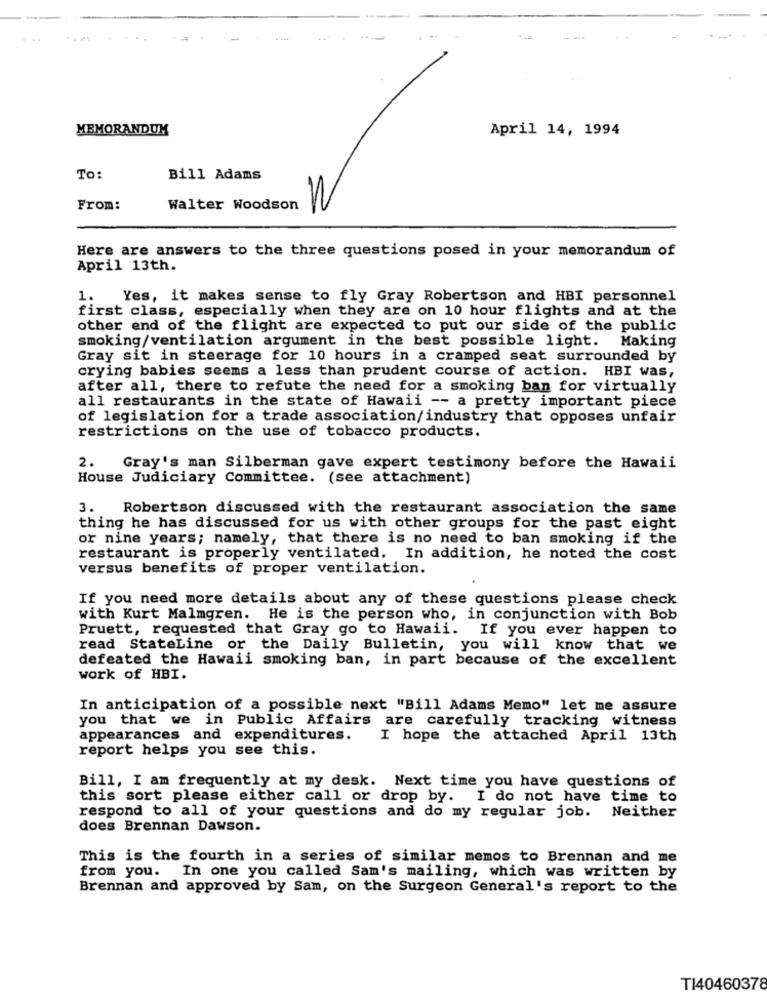
...
MEMORANDUM
April 14, 1994
To:
Bill Adams
W
From:
Walter Woodson
Here are answers to the three questions posed in your memorandum of
April 13th.
1.
Yes, it makes sense to fly Gray Robertson and HBI personnel
first class, especially when they are on 10 hour flights and at the
other end of the flight are expected to put our side of the public
smoking/ventilation argument in the best possible light. Making
Gray sit in steerage for 10 hours in a cramped seat surrounded by
crying babies seems a less than prudent course of action. HBI was,
after all, there to refute the need for a smoking ban for virtually
all restaurants in the state of Hawaii -- a pretty important piece
of legislation for a trade association/industry that opposes unfair
restrictions on the use of tobacco products.
2.
Gray's man Silberman gave expert testimony before the Hawaii
House Judiciary Committee. (see attachment)
3.
Robertson discussed with the restaurant association the same
thing he has discussed for us with other groups for the past eight
or nine years; namely, that there is no need to ban smoking if the
restaurant is properly ventilated. In addition, he noted the cost
versus benefits of proper ventilation.
If you need more details about any of these questions please check
with Kurt Malmgren. He is the person who, in conjunction with Bob
Pruett, requested that Gray go to Hawaii. If you ever happen to
read StateLine or the Daily Bulletin, you will know that we
defeated the Hawaii smoking ban, in part because of the excellent
work of HBI.
In anticipation of a possible next "Bill Adams Memo" let me assure
you that we in Public Affairs are carefully tracking witness
appearances and expenditures.
I hope the attached April 13th
report helps you see this.
Bill, I am frequently at my desk. Next time you have questions of
this sort please either call or drop by. I do not have time to
respond to all of your questions and do my regular job. Neither
does Brennan Dawson.
This is the fourth in a series of similar memos to Brennan and me
from you. In one you called Sam's mailing, which was written by
Brennan and approved by Sam, on the Surgeon General's report to the
T140460378